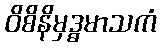
ဝိစိနိမှဒ္ဓမာသကံ